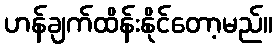
ဟန်ချက်ထိန်းနိုင်တော့မည်။